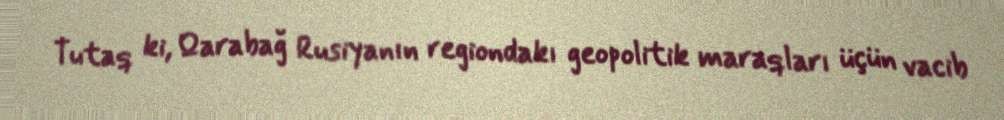
Tutaq ki, Qarabağ Rusiyanın regiondakı geopolitik maraqları üçün vacib